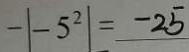
- \vert - 5 ^ { 2 } \vert = - 2 5